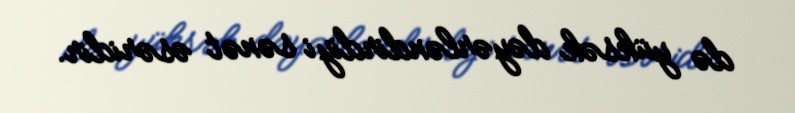
də yüksək dəyərləndirdiyi sənət əsəridir.